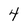
Character: 4